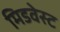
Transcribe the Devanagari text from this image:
मिडवेस्‍ट